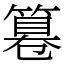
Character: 篹